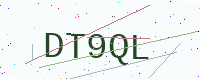
Text: DT9QL